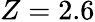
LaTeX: Z=2.6